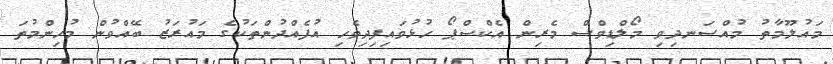
މައުލޫމާތު މުއްސަނދިވި މޯލްޑިވްސް މެރިން އެކްސްޕޯ ހުޅުވައިފިދިވެހި އުފެއްދުންތަކުގެ މައުރަޒު ބޭއްވުން މުހިންމުތަ